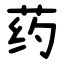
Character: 药